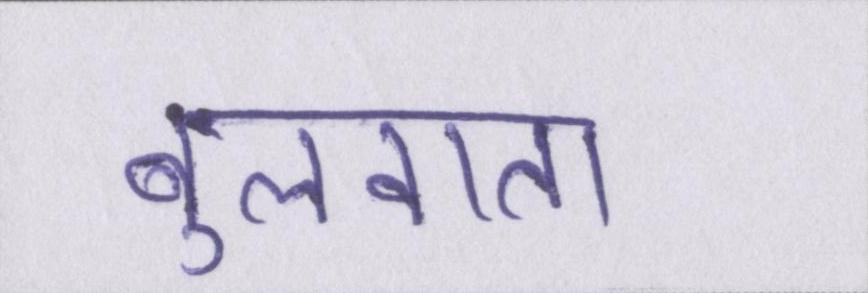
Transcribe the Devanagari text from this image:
बुलवाता